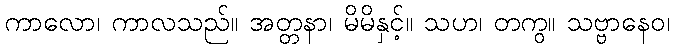
ကာလော၊ ကာလသည်။ အတ္တနာ၊ မိမိနှင့်။ သဟ၊ တကွ။ သဗ္ဗာနေဝ၊